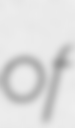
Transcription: of